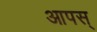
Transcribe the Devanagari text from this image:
आपस्‌